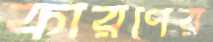
কারণের